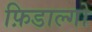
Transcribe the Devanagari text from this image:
फ़िडाल्गो